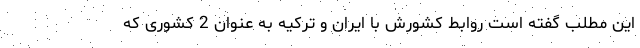
این مطلب گفته است روابط کشورش با ایران و ترکیه به عنوان 2 کشوری که